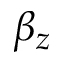
\beta _ { z }